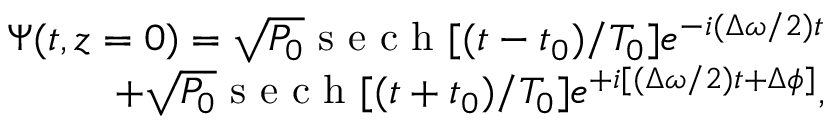
\begin{array} { r } { \Psi ( t , z = 0 ) = \sqrt { P _ { 0 } } \mathrm { ~ s ~ e ~ c ~ h ~ } [ ( t - t _ { 0 } ) / T _ { 0 } ] e ^ { - i ( \Delta \omega / 2 ) t } } \\ { + \sqrt { P _ { 0 } } \mathrm { ~ s ~ e ~ c ~ h ~ } [ ( t + t _ { 0 } ) / T _ { 0 } ] e ^ { + i [ ( \Delta \omega / 2 ) t + \Delta \phi ] } , } \end{array}